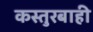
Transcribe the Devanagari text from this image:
कस्तुरबाही